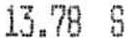
13.78 S